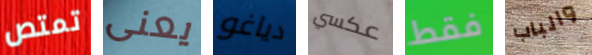
تمتص يعنى دياغو عكسي فقط والباب